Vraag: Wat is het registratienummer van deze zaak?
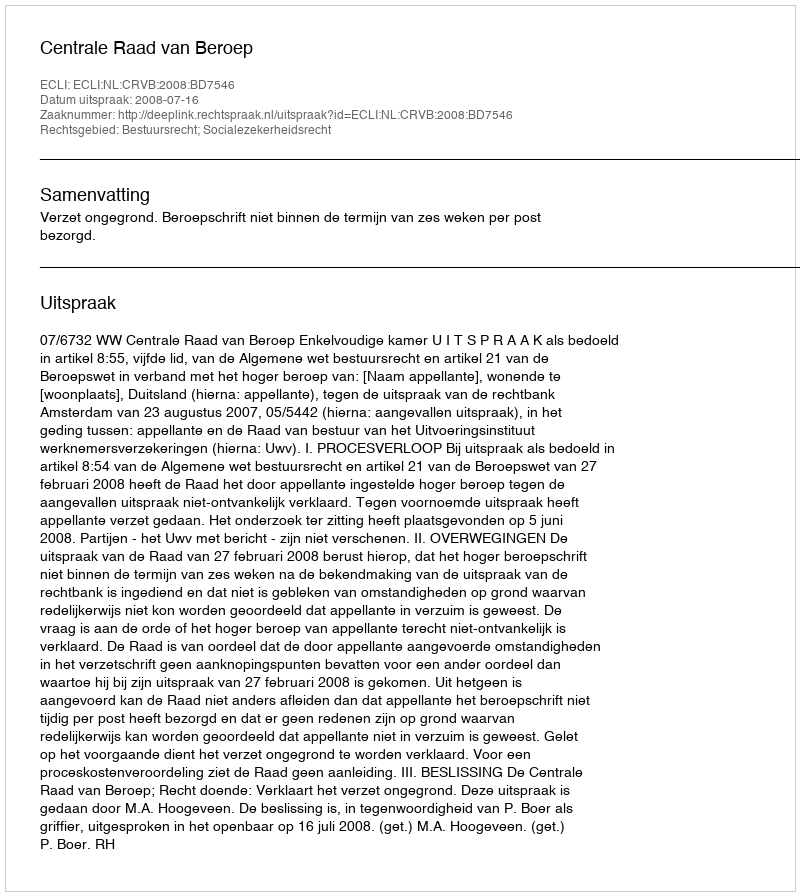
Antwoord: http://deeplink.rechtspraak.nl/uitspraak?id=ECLI:NL:CRVB:2008:BD7546